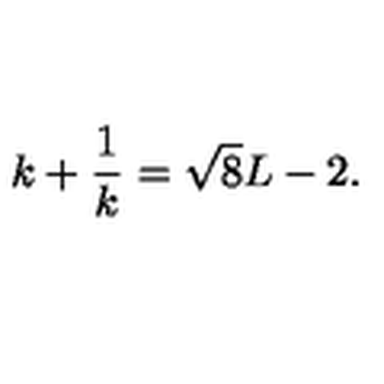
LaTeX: k + \frac { 1 } { k } = \sqrt { 8 } L - 2 .